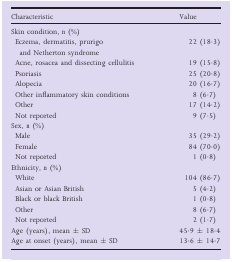
<table><thead><tr><td><b>Characteristic</b></td><td><b>Value</b></td></tr></thead><tbody><tr><td colspan="2">Skin condition, <i>n</i> (%)</td></tr><tr><td>Eczema, dermatitis, prurigo and Netherton syndrome</td><td>22 (18·3)</td></tr><tr><td>Acne, rosacea and dissecting cellulitis</td><td>19 (15·8)</td></tr><tr><td>Psoriasis</td><td>25 (20·8)</td></tr><tr><td>Alopecia</td><td>20 (16·7)</td></tr><tr><td>Other inflammatory skin conditions</td><td>8 (6·7)</td></tr><tr><td>Other</td><td>17 (14·2)</td></tr><tr><td>Not reported</td><td>9 (7·5)</td></tr><tr><td colspan="2">Sex, <i>n</i> (%)</td></tr><tr><td>Male</td><td>35 (29·2)</td></tr><tr><td>Female</td><td>84 (70·0)</td></tr><tr><td>Not reported</td><td>1 (0·8)</td></tr><tr><td colspan="2">Ethnicity, <i>n</i> (%)</td></tr><tr><td>White</td><td>104 (86·7)</td></tr><tr><td>Asian or Asian British</td><td>5 (4·2)</td></tr><tr><td>Black or black British</td><td>1 (0·8)</td></tr><tr><td>Other</td><td>8 (6·7)</td></tr><tr><td>Not reported</td><td>2 (1·7)</td></tr><tr><td>Age (years), mean ± SD</td><td>45·9 ± 18·4</td></tr><tr><td>Age at onset (years), mean ± SD</td><td>13·6 ± 14·7</td></tr></tbody></table>